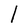
Character: 1